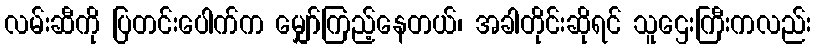
လမ်းဆီကို ပြတင်းပေါက်က မျှော်ကြည့်နေတယ်၊ အခါတိုင်းဆိုရင် သူဌေးကြီးကလည်း